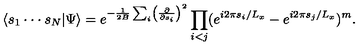
\langle s _ { 1 } \cdot \cdot \cdot s _ { N } | \Psi \rangle = e ^ { - { \frac { 1 } { 2 B } } \sum _ { i } \left( { \frac { \partial } { \partial s _ { i } } } \right) ^ { 2 } } \prod _ { i < j } ( e ^ { i 2 \pi s _ { i } / L _ { x } } - e ^ { i 2 \pi s _ { j } / L _ { x } } ) ^ { m } .